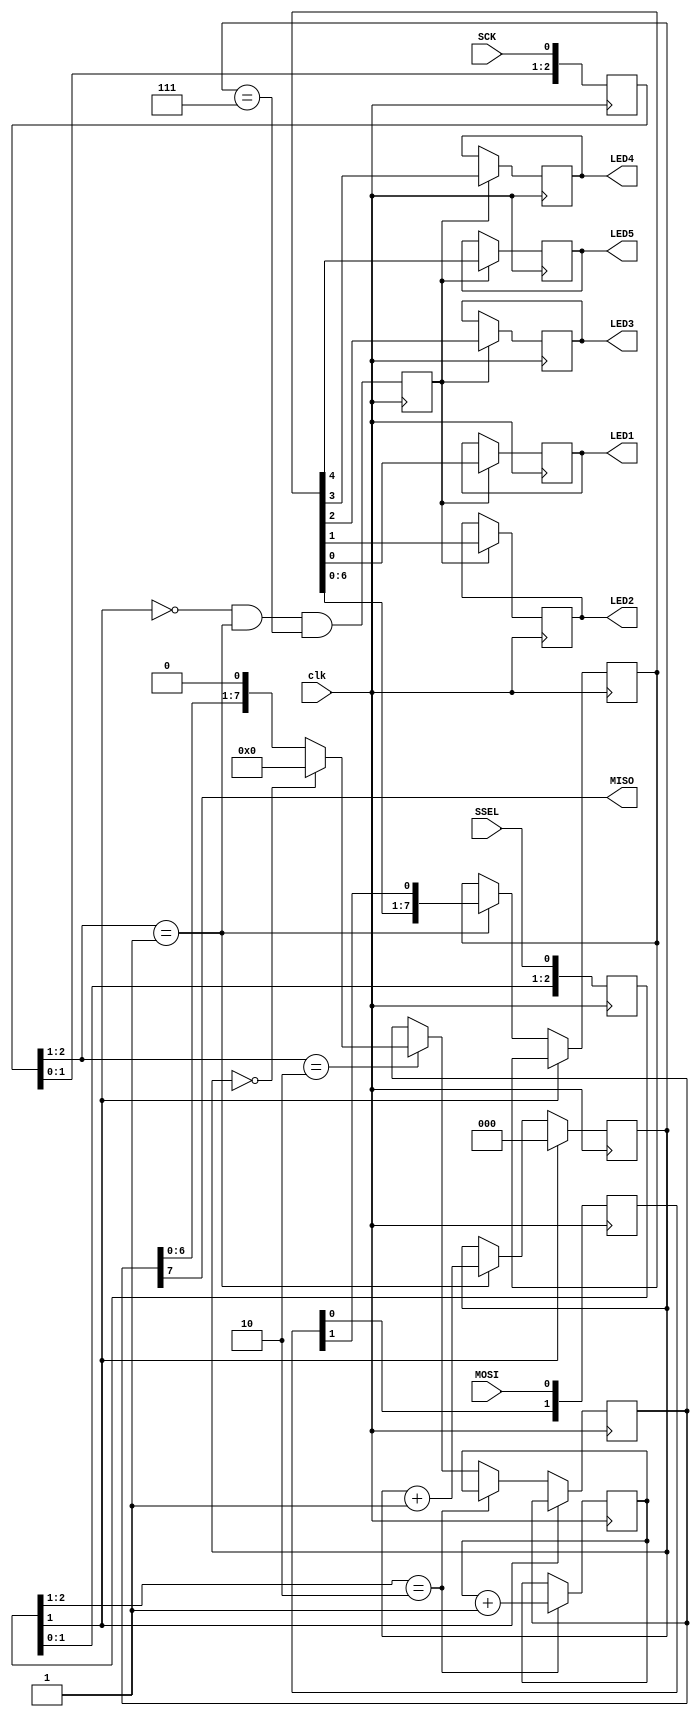
module SPI_slave(
  input clk, 
  input SCK, 
  input MOSI, 
  output MISO, 
  input SSEL, 
  output LED1,
  output LED2,
  output LED3,
  output LED4,
  output LED5,
);

reg [2:0] SCKr;  always @(posedge clk) SCKr <= {SCKr[1:0], SCK};
wire SCK_risingedge = (SCKr[2:1]==2'b01);  
wire SCK_fallingedge = (SCKr[2:1]==2'b10);

reg [2:0] SSELr;  always @(posedge clk) SSELr <= {SSELr[1:0], SSEL};
wire SSEL_active = ~SSELr[1];                 
wire SSEL_startmessage = (SSELr[2:1]==2'b10);
wire SSEL_endmessage = (SSELr[2:1]==2'b01);  

reg [1:0] MOSIr;  always @(posedge clk) MOSIr <= {MOSIr[0], MOSI};
wire MOSI_data = MOSIr[1];

reg [2:0] bitcnt;

reg byte_received;   
reg [7:0] byte_data_received;

always @(posedge clk)
begin
  if(~SSEL_active)
    bitcnt <= 3'b000;
  else
  if(SCK_risingedge)
  begin
    bitcnt <= bitcnt + 3'b001;

    byte_data_received <= {byte_data_received[6:0], MOSI_data};
  end
end

always @(posedge clk) 
  byte_received <= SSEL_active && SCK_risingedge && (bitcnt==3'b111);

reg LED1, LED2, LED3, LED4, LED5;
always @(posedge clk) 
  if(byte_received) 
  begin
    LED1 <= byte_data_received[0];
    LED2 <= byte_data_received[1];
    LED3 <= byte_data_received[2];
    LED4 <= byte_data_received[3];
    LED5 <= byte_data_received[4];
  end

reg [7:0] byte_data_sent;

reg [7:0] cnt;
always @(posedge clk) 
  if(SSEL_startmessage) 
    cnt<=cnt+8'h1; 

always @(posedge clk)
if(SSEL_active)
begin
  if(SSEL_startmessage)
    byte_data_sent <= cnt; 
  else
  if(SCK_fallingedge)
  begin
    if(bitcnt==3'b000)
      byte_data_sent <= 8'h00; 
    else
      byte_data_sent <= {byte_data_sent[6:0], 1'b0};
  end
end

assign MISO = byte_data_sent[7]; 

endmodule